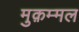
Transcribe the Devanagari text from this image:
मुक़म्मल